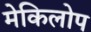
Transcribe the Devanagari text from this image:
मेकिलोप